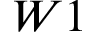
W 1